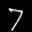
Label: 7